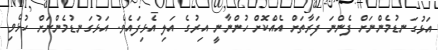
އަޅުގަނޑުމެންނަށް ފެންނަ ފަރާތަށް އެއްކޮށް ހުންނާނީ އިރުގެ އަލި އެޅިފައެވެ. އަޅުގަނޑުމެންނަށް ހުޅެވި